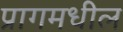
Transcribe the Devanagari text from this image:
प्रागमधील